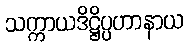
သက္ကာယဒိဋ္ဌိပ္ပဟာနာယ